Annual administration report of the Civil Veterinary Department of India - 1898-1899
Year: 1898
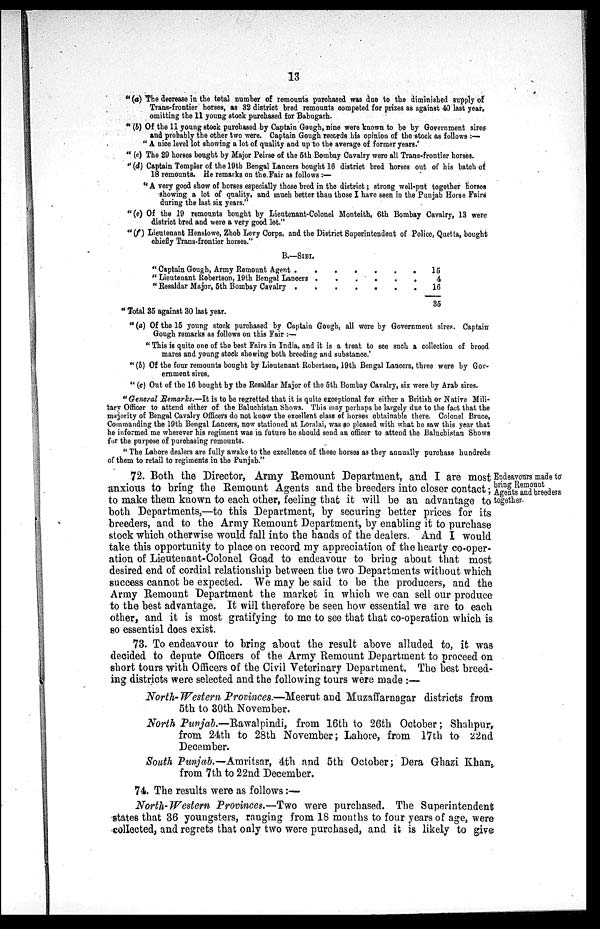
13
"(a) The decrease in the total number of remounts purchased was due to the diminished supply of
Trans-frontier horses, as 32 district bred remounts competed for prizes as against 40 last year,
omitting the 11 young stock purchased for Babugarh.
"(b) Of the 11 young stock purchased by Captain Gough, nine were known to be by Government sires
and probably the other two were. Captain Gough records his opinion of the stock as follows:—
"A nice level lot showing a lot of quality and up to the average of former years.'
"(c) The 29 horses bought by Major Peirse of the 5th Bombay Cavalry were all Trans-frontier horses.
"(d) Captain Templer of the 19tb Bengal Lancers bought 16 district bred horses out of his batch of
18 remounts. He remarks on the Fair as follows:—
"A very good show of horses especially those bred in the district; strong well-put together horses
showing a lot of quality, and much better than those I have seen in the Punjab Horse Fairs
during the last six years."
"(e) Of the 19 remounts bought by Lieutenant-Colonel Monteith, 6th Bombay Cavalry, 13 were
district bred and were a very good lot."
"(f) Lieutenant Henslowe, Zhob Levy Corps, and the District Superintendent of Police, Quetta, bought
chiefly Trans-frontier horses."
B.-SIBI.
"Captain Gough, Army Remount Agent
.......
"Lieutenant Robertson, 19th Bengal
Lancers......
"Resaldar Major, 5th Bombay Cavalry .......
15
4
16
35
"Total 35 against 30 last year.
"(a) Of the 15 young stock purchased by Captain Gough, all were by Government sires. Captain
Gough remarks as follows on this Fair:—
"This is quite one of the best Fairs in India, and it is a treat to see such a collection of brood
mares and young stock showing both breeding and substance.'
"(b) Of the four remounts bought by Lieutenant Robertson, 19th Bengal Lancers, three were by Gov-
ernment sires.
"(c) Out of the 16 bought by the Resaldar Major of the 5th Bombay Cavalry, six were by Arab sires.
"General Remarks.—It is to be regretted that it is quite exceptional for either a British or Native Mili-
tary Officer to attend either of the Baluchistan Shows. This may perhaps be largely due to the fact that the
majority of Bengal Cavalry Officers do not know the excellent class of horses obtainable there. Colonel Bruce,
Commanding the 19th Bengal Lancers, now stationed at Loralai, was so pleased with what he saw this year that
he informed me wherever his regiment was in future he should send an officer to attend the Baluchistan Shows
for the purpose of purchasing remounts.
"The Lahore dealers are fully awake to the excellence of these horses as they annually purchase hundreds
of them to retail to regiments in the Punjab."
Endeavours made to
bring Remount
Agents and breeders
together.
72. Both the Director, Army Remount Department, and I are most
anxious to bring the Remount Agents and the breeders into closer contact;
to make them known to each other, feeling that it will be an advantage to
both Departments,—to this Department, by securing better prices for its
breeders, and to the Army Remount Department, by enabling it to purchase
stock which otherwise would fall into the hands of the dealers. And I would
take this opportunity to place on record my appreciation of the hearty co-oper-
ation of Lieutenant-Colonel Goad to endeavour to bring about that most
desired end of cordial relationship between the two Departments without which
success cannot be expected. We may be said to be the producers, and the
Army Remount Department the market in which we can sell our produce
to the best advantage. It will therefore be seen how essential we are to each
other, and it is most gratifying to me to see that that co-operation which is
so essential does exist.
73. To endeavour to bring about the result above alluded to, it was
decided to depute Officers of the Army Remount Department to proceed on
short tours with Officers of the Civil Veterinary Department. The best breed-
ing districts were selected and the following tours were made:—
North-Western Provinces.—Meerut and Muzaffarnagar districts from
5th to 30th November.
North Punjab.—Rawalpindi, from 16th to 26th October; Shahpur,
from 24th to 28th November; Lahore, from 17th to 22nd
December.
South Punjab.—Amritsar, 4th and 5th October; Dera Ghazi Khan,
from 7th to 22nd December.
74. The results were as follows:—
North-Western Provinces.—Two were purchased. The Superintendent
states that 36 youngsters, ranging from 18 months to four years of age, were
collected, and regrets that only two were purchased, and it is likely to give